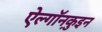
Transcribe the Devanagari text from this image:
ऐल्गॉनक़ुइन